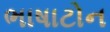
ભાષાટોન